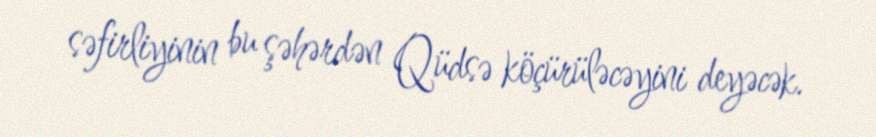
səfirliyinin bu şəhərdən Qüdsə köçürüləcəyini deyəcək.